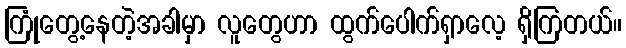
ကြုံတွေ့နေတဲ့အခါမှာ လူတွေဟာ ထွက်ပေါက်ရှာလေ့ ရှိကြတယ်။